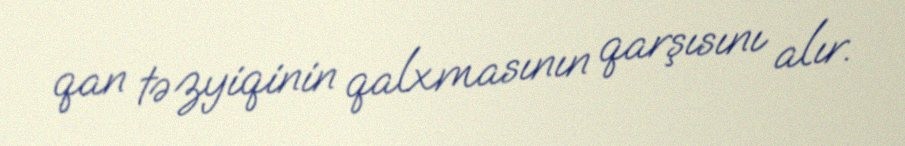
qan təzyiqinin qalxmasının qarşısını alır.